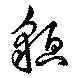
貌